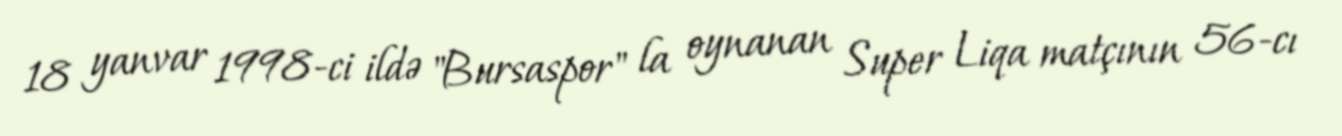
18 yanvar 1998-ci ildə "Bursaspor" la oynanan Super Liqa matçının 56-cı